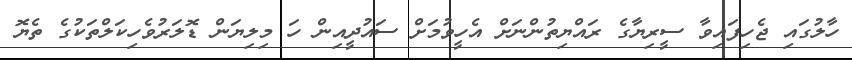
ހާލުގައި ޖެހިފައިވާ ސީރިޔާގެ ރައްޔިތުންނަށް އެހީވުމަށް ސައުދީއިން ހަ މިލިޔަން ޑޮލަރުވެހިކަލްތަކުގެ ތެޔޮ